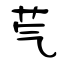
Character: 芞